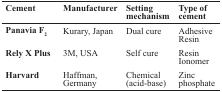
| Cement | Manufacturer | Setting mechanism | Type of cement |
 | --- | --- | --- | --- |
 | Panavia F2 | Kurary, Japan | Dual cure | Adhesive Resin |  |
 | Rely X Plus | 3M, USA | Self cure | Resin Ionomer |  |
 | Harvard | Haffman,Germany | Chemical(acid-base) | Zinc phosphate |  |